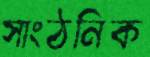
সাংঠনিক